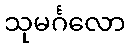
သုမင်္ဂလော